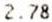
2.78